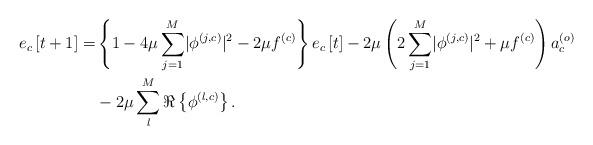
LaTeX: \begin{align*} e_c\left[t+1\right]=&\left\{1-4\mu\sum_{j=1}^{M}\lvert\phi^{\left(j,c\right)}\rvert^2-2\mu f^{\left(c\right)}\vphantom{\sum_{j=1}^{M}}\right\}e_c\left[t\right]-2\mu\left(2\sum_{j=1}^{M}\lvert\phi^{\left(j,c\right)}\rvert^2+\mu f^{\left(c\right)}\right)a_c^{\left(o\right)}\\ &-2\mu\sum_{l}^{M}\Re\left\{\phi^{\left(l,c\right)}\right\}.\end{align*}